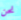
نحن